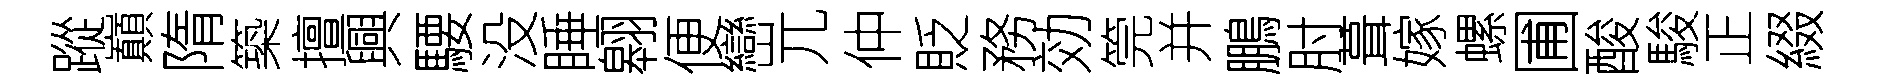
蹤巔隋築擅興騕没睡翱便巒兀仲貶務効筦并鵬肘葺嫁螺圃酸駿正綴